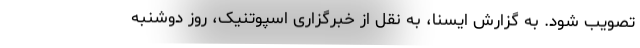
تصویب شود. به گزارش ایسنا، به نقل از خبرگزاری اسپوتنیک، روز دوشنبه